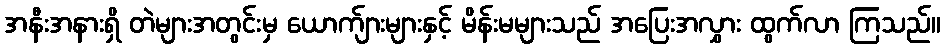
အနီးအနားရှိ တဲများအတွင်းမှ ယောက်ျားများနှင့် မိန်းမများသည် အပြေးအလွှား ထွက်လာ ကြသည်။